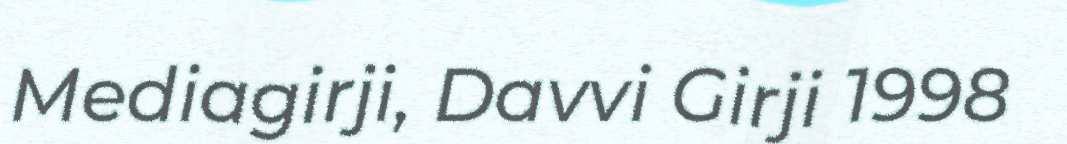
Mediagirji, Davvi Girji 1998